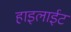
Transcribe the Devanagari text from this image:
हाइलाईट